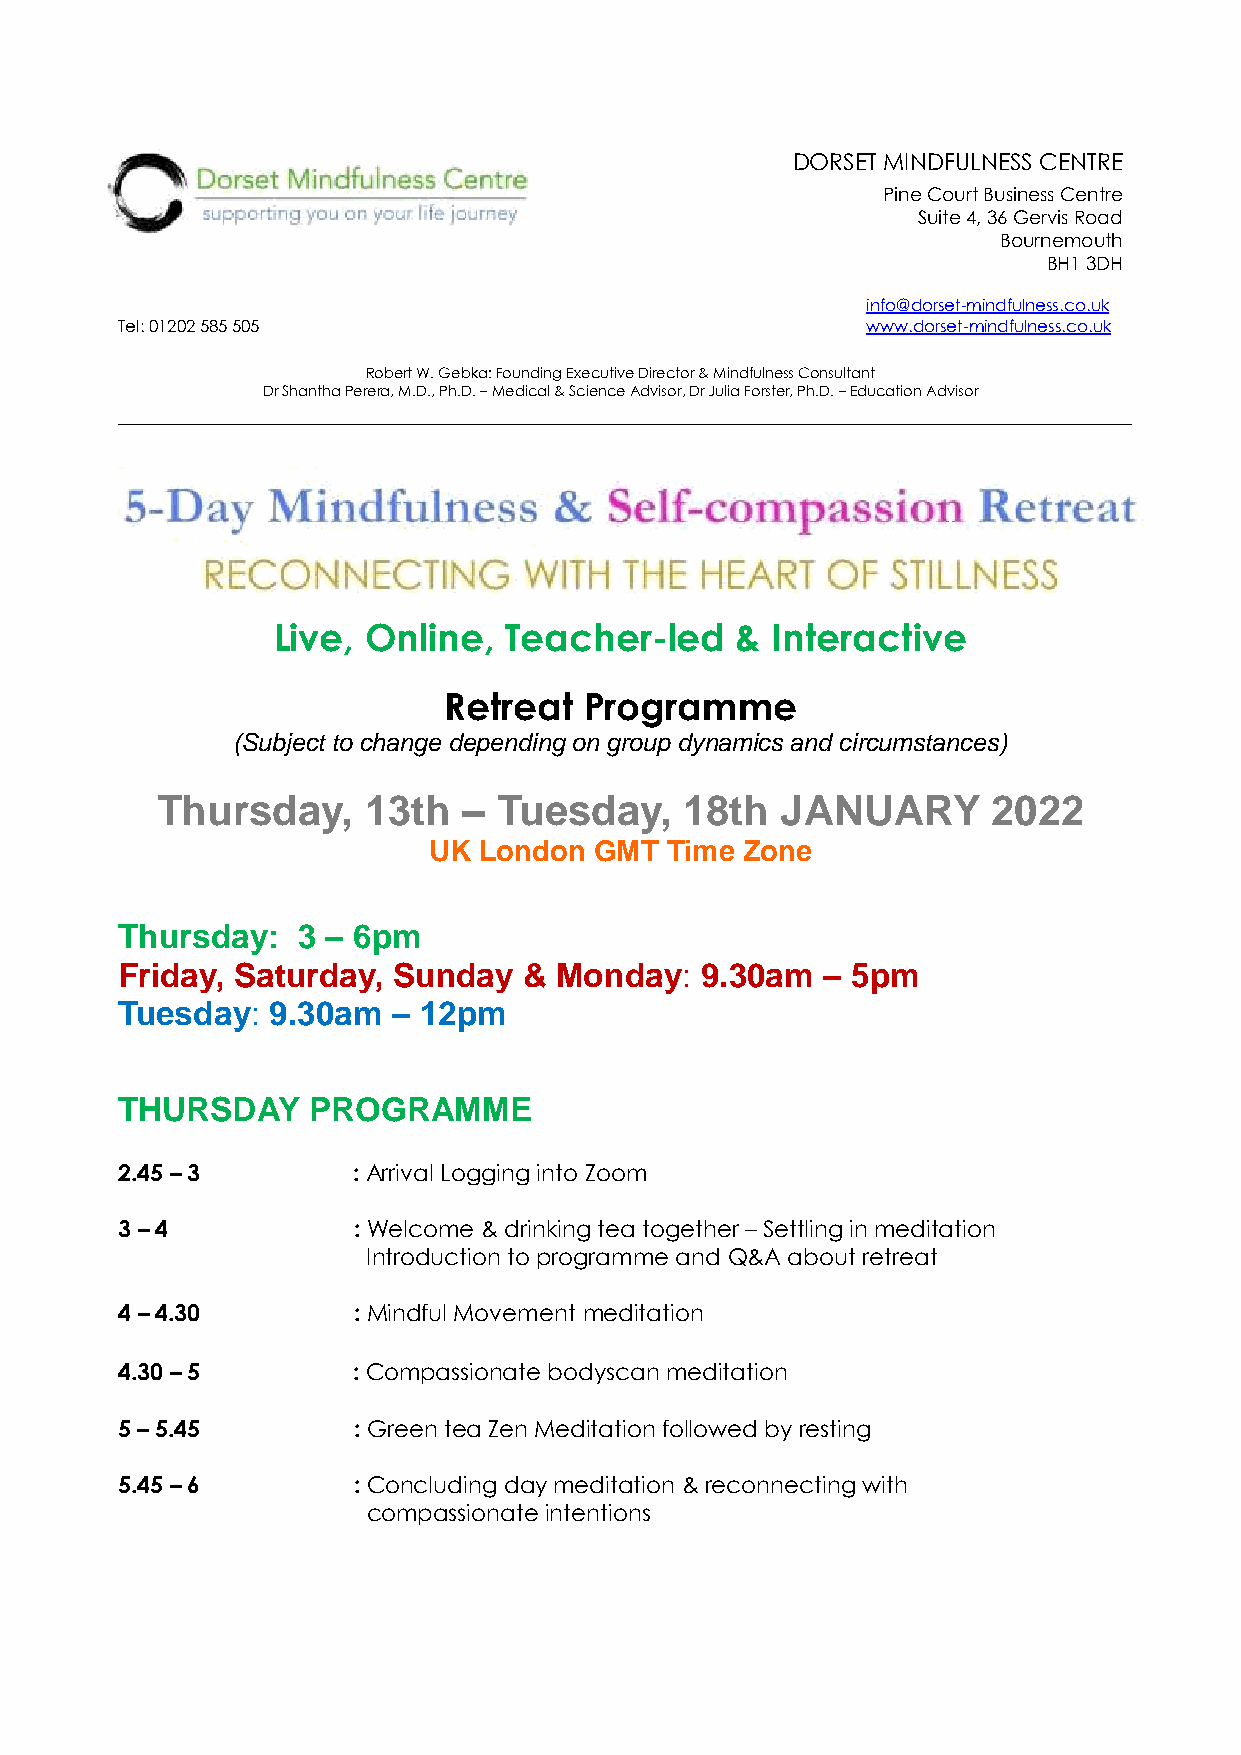
DORSET MINDFULNESS CENTRE
 Pine Court Business Centre
 Suite 4, 36 Gervis Road
 Bournemouth
 BH1 3DH
 info@dorset-mindfulness.co.uk
 Tel: 01202 585 505                               www.dorset-m ind fulness.co.uk
 Robert W. Gebka: Founding Executive Director & Mindfulness Consultant
 Dr Shantha Perera, M.D., Ph.D. – Medical & Science Advisor, Dr Julia Forster, Ph.D. – Education Advisor
 Live, Online,  Teacher-led     & Interactive
 Retreat   Programme
 (Subject to change depending on group dynamics and circumstances)
 Thursday,     13th   – Tuesday,    18th   JANUARY       2022
 UK  London GMT  Time Zone
 Thursday:   3 – 6pm
 Friday, Saturday, Sunday   & Monday:  9.30am  – 5pm
 Tuesday:  9.30am  – 12pm
 THURSDAY    PROGRAMME
 2.45 – 3       : Arrival Logging into Zoom
 3 – 4          : Welcome & drinking tea together – Settling in meditation
 Introduction to programme and Q&A about retreat
 4 – 4.30       : Mindful Movement meditation
 4.30 – 5       : Compassionate bodyscan meditation
 5 – 5.45       : Green tea Zen Meditation followed by resting
 5.45 – 6       : Concluding day meditation & reconnecting with
 compassionate intentions